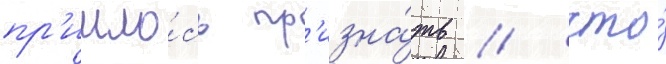
пр'ишло́сь пр'изна́ть / что́